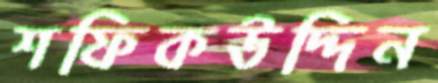
শফিকউদ্দিন